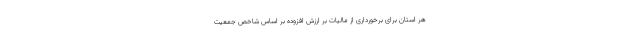
هر استان برای برخورداری از مالیات بر ارزش افزوده بر اساس شاخص جمعیت